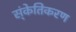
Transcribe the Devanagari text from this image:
स्ंकेतिकरण